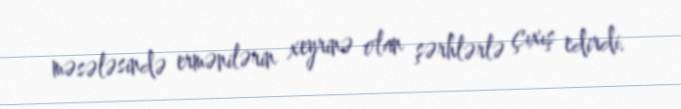
məsələsində ermənilərin xeyrinə olan şərhlərlə çıxış edirdi.